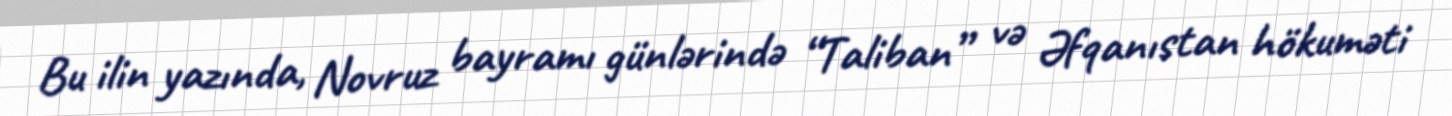
Bu ilin yazında, Novruz bayramı günlərində “Taliban” və Əfqanıstan hökuməti